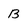
Character: B